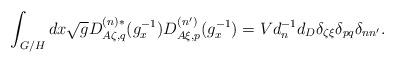
LaTeX: \begin{align*}\int_{G/H} dx \sqrt gD^{(n) *}_{A\zeta ,q} (g_x^{-1})D^{(n')}_{A\xi ,p} (g_x^{-1})=Vd_n^{-1} d_D \delta_{\zeta \xi} \delta_{p q}\delta_{nn'}. \end{align*}